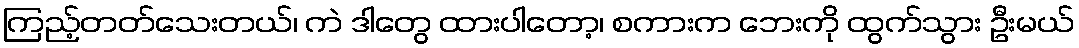
ကြည့်တတ်သေးတယ်၊ ကဲ ဒါတွေ ထားပါတော့၊ စကားက ဘေးကို ထွက်သွား ဦးမယ်